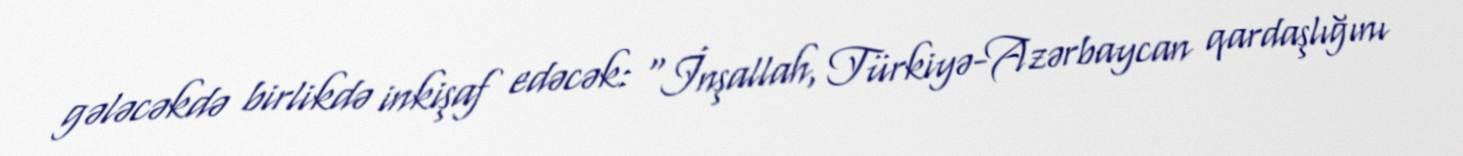
gələcəkdə birlikdə inkişaf edəcək: “İnşallah, Türkiyə-Azərbaycan qardaşlığını